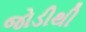
જોડીથી